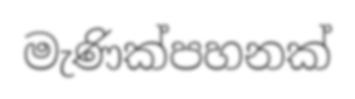
මැණික්පහනක්